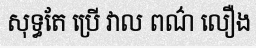
សុទ្ធតែ ប្រើ វាល ពណ៌ លឿង